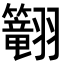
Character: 𬖅